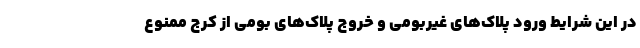
در این شرایط ورود پلاک‌های غیربومی و خروج پلاک‌های بومی از کرج ممنوع